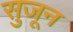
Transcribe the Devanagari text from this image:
सुजून